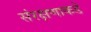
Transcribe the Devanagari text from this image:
संरक्षणाकडे